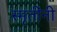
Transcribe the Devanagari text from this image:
स्मृतींनी